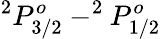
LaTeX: ^2P_{3/2}^{o}-^{2}P_{1/2}^{o}